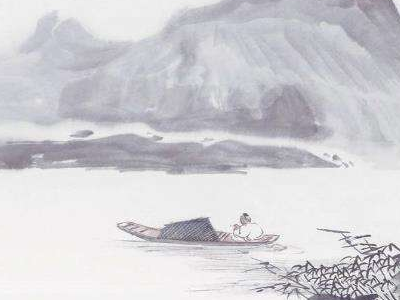
卧看满天云不动，不知云与我俱东。